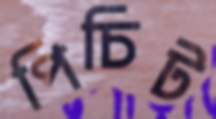
পিচিট